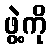
ဖွဲ့ကို